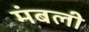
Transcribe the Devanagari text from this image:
मंबली